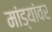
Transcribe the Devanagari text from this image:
मांड्यांवर